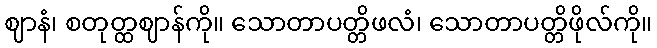
ဈာနံ၊ စတုတ္ထဈာန်ကို။ သောတာပတ္တိဖလံ၊ သောတာပတ္တိဖိုလ်ကို။